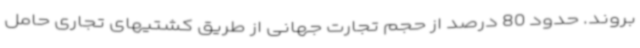
بروند. حدود 80 درصد از حجم تجارت جهانی از طریق کشتیهای تجاری حامل